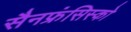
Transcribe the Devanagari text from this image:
सैनफ्रंसिस्को